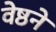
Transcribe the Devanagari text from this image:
वेष्ठनें